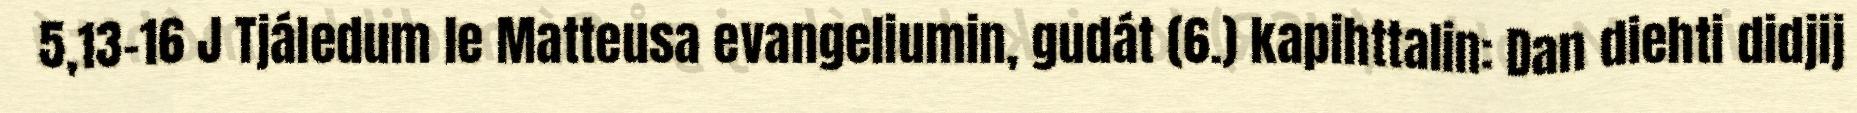
5,13-16 J Tjáledum le Matteusa evangeliumin, gudát (6.) kapihttalin: Dan diehti didjij